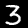
Digit: 3